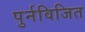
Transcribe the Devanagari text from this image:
पुर्नविजित